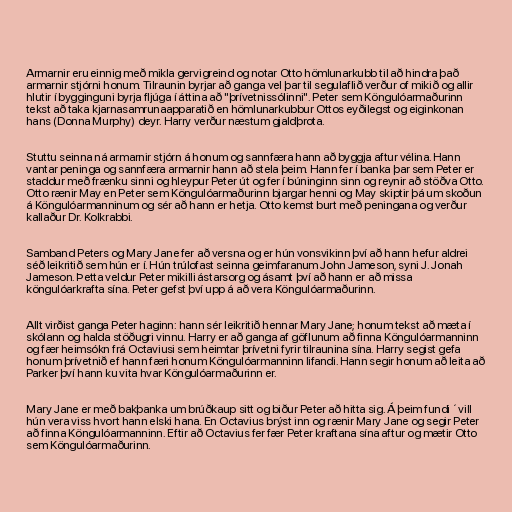
Armarnir eru einnig með mikla gervigreind og notar Otto hömlunarkubb til að hindra það
armarnir stjórni honum. Tilraunin byrjar að ganga vel þar til segulaflið verður of mikið og allir
hlutir í bygginguni byrja fljúga í áttina að "þrívetnissólinni". Peter sem Köngulóarmaðurinn
tekst að taka kjarnasamrunaapparatið en hömlunarkubbur Ottos eyðilegst og eiginkonan
hans (Donna Murphy) deyr. Harry verður næstum gjaldþrota.

Stuttu seinna ná armarnir stjórn á honum og sannfæra hann að byggja aftur vélina. Hann
vantar peninga og sannfæra armarnir hann að stela þeim. Hann fer í banka þar sem Peter er
staddur með frænku sinni og hleypur Peter út og fer í búninginn sinn og reynir að stöðva Otto.
Otto rænir May en Peter sem Köngulóarmaðurinn bjargar henni og May skiptir þá um skoðun
á Köngulóarmanninum og sér að hann er hetja. Otto kemst burt með peningana og verður
kallaður Dr. Kolkrabbi.

Samband Peters og Mary Jane fer að versna og er hún vonsvikinn því að hann hefur aldrei
séð leikritið sem hún er í. Hún trúlofast seinna geimfaranum John Jameson, syni J. Jonah
Jameson. Þetta veldur Peter mikilli ástarsorg og ásamt því að hann er að missa
köngulóarkrafta sína. Peter gefst því upp á að vera Köngulóarmaðurinn.

Allt virðist ganga Peter haginn: hann sér leikritið hennar Mary Jane; honum tekst að mæta í
skólann og halda stöðugri vinnu. Harry er að ganga af göflunum að finna Köngulóarmanninn
og fær heimsókn frá Octaviusi sem heimtar þrívetni fyrir tilraunina sína. Harry segist gefa
honum þrívetnið ef hann færi honum Köngulóarmanninn lifandi. Hann segir honum að leita að
Parker því hann ku vita hvar Köngulóarmaðurinn er.

Mary Jane er með bakþanka um brúðkaup sitt og biður Peter að hitta sig. Á þeim fundi ´vill
hún vera viss hvort hann elski hana. En Octavius brýst inn og rænir Mary Jane og segir Peter
að finna Köngulóarmanninn. Eftir að Octavius fer fær Peter kraftana sína aftur og mætir Otto
sem Köngulóarmaðurinn.